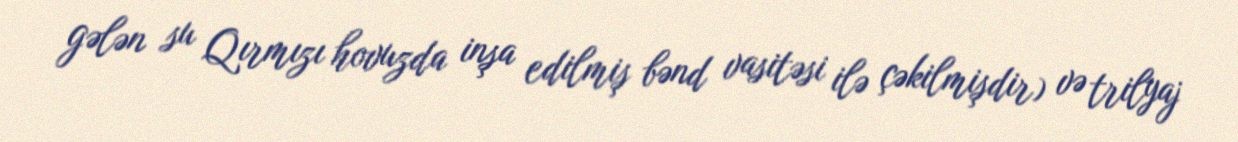
gələn su Qırmızı hovuzda inşa edilmiş bənd vasitəsi ilə çəkilmişdir) və trilyaj